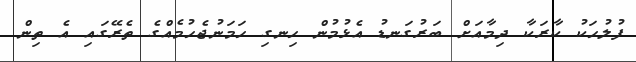
ފުލުހަކު ކާރަކާ ދިމާއަށް ބަރުގަނޑު އެޅުމުން ހިނގި ހަމަނުޖެހުމެއްގެ ތެރޭގައި އެ ތިން